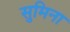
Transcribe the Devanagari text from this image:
सुमिना